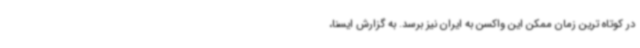
در کوتاه ترین زمان ممکن این واکسن به ایران نیز برسد. به گزارش ایسنا،